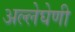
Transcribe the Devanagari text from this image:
अल्लेघेणी